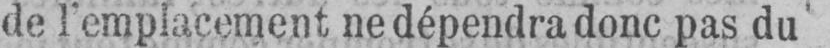
de remplacement ne dépendra donc pas du’